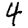
Digit: 4